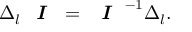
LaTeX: \Delta _ { l } \textit { \textbf { I } } = \textit { \textbf { I } } ^ { - 1 } \Delta _ { l } .